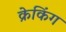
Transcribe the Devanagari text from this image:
क्रेकिंग